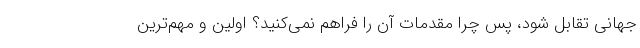
جهانی تقابل شود، پس چرا مقدمات آن را فراهم نمی‌کنید؟ اولین و مهم‌ترین